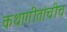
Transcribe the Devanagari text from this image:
कथागीतांचीच